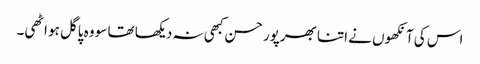
اس کی آنکھوں نے اتنا بھرپور حسن کبھی نہ دیکھا تھا سو وہ پاگل ہو اٹھی۔